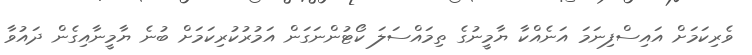
ވެރިކަމަށް އައިސްފިނަމަ އަނެއްކާ ޔާމީނުގެ ތިމައްސަލަ ކޯޓުންނަގަން އަމުރުކުރިކަމަށް ބުނެ ޔާމީނާއިގެން ދައުވާ